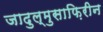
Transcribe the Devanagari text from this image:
जादुल्मुसाफ़िरीन